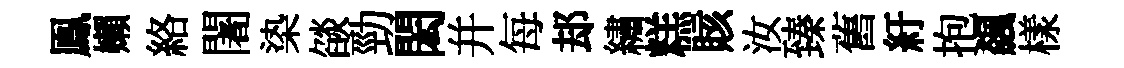
鳯嬾絡闍𣑱燄勁閎并每𨚫繡糕賅汝臻舊紆抱飆樣